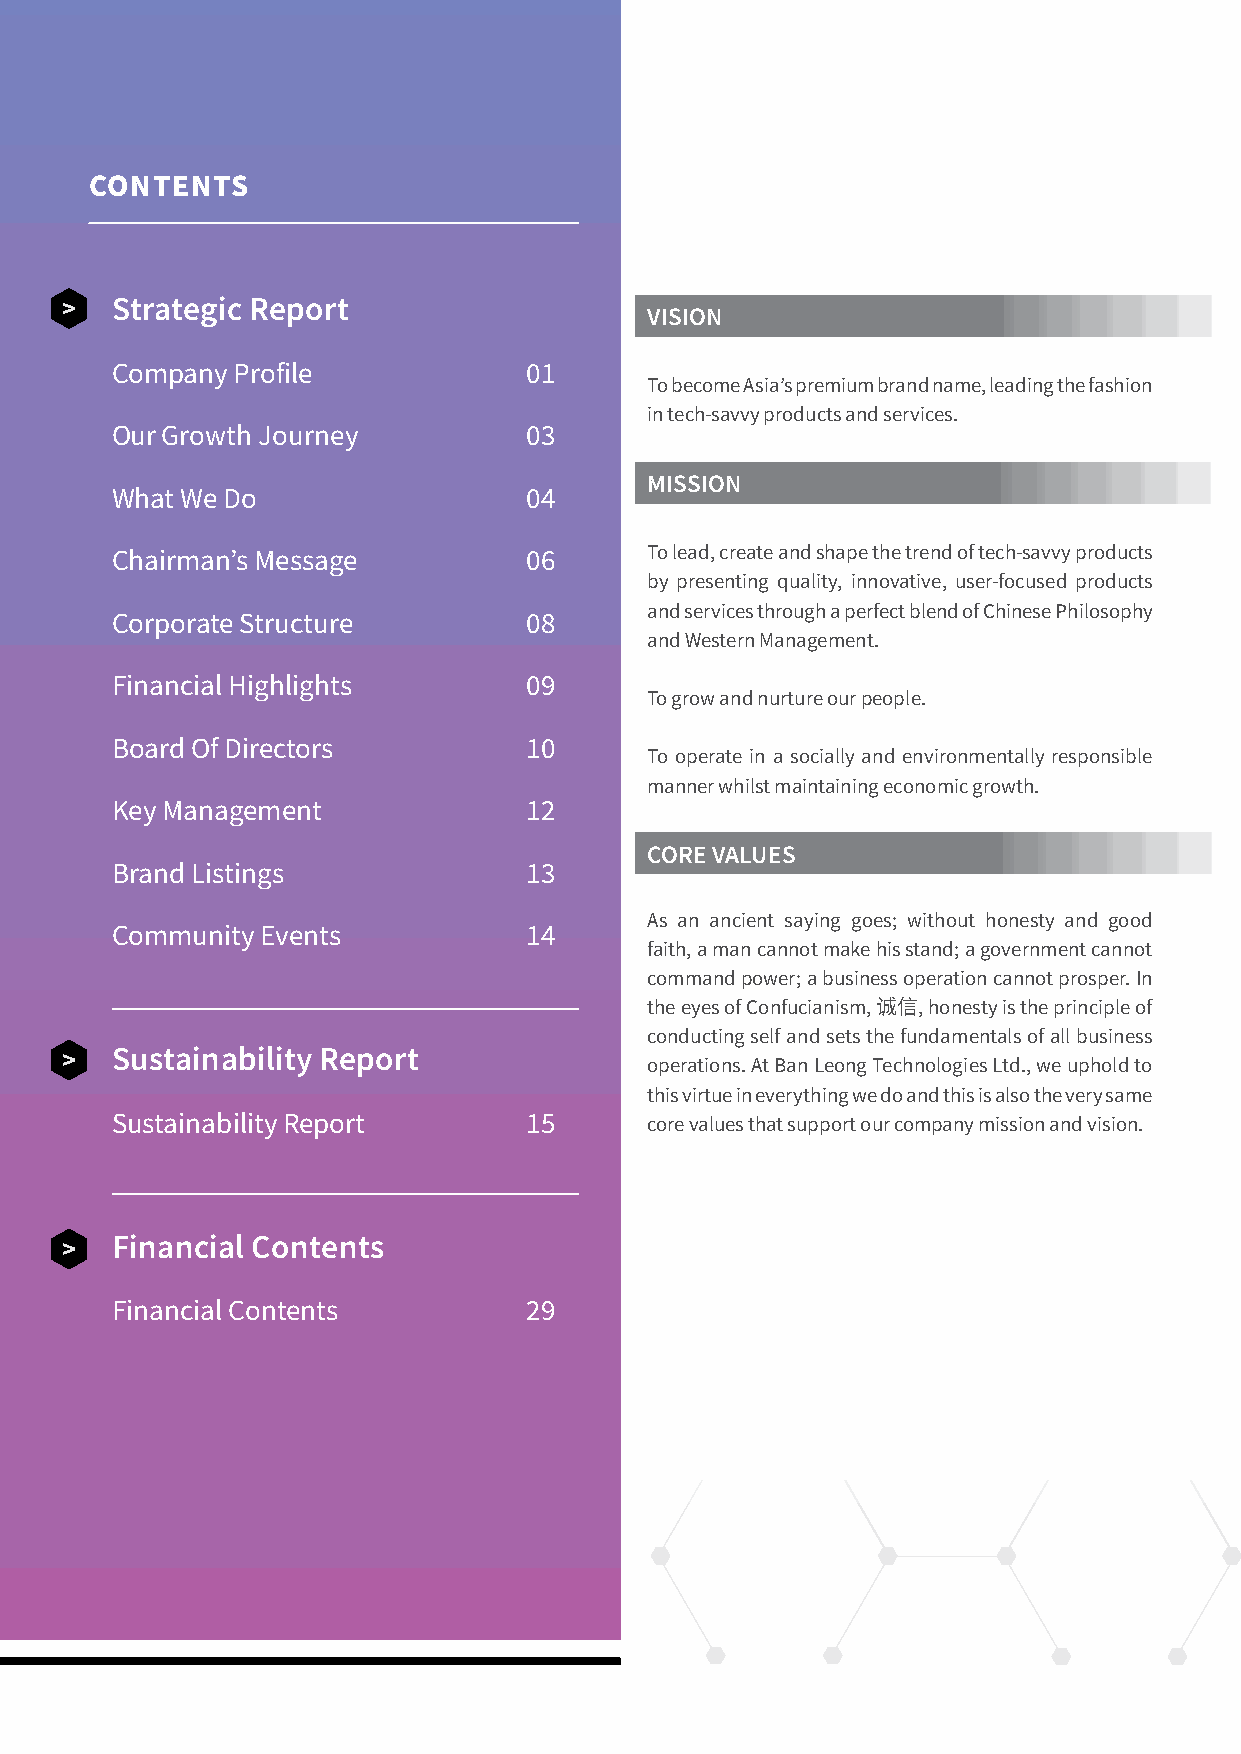
CONTENTS
 Strategic Report
 VISION
 Company Profile             01
 To become Asia’s premium brand name, leading the fashion
 in tech-savvy products and services.
 Our Growth Journey          03
 MISSION
 What We Do                  04
 Chairman’s Message          06      To lead, create and shape the trend of tech-savvy products
 by presenting quality, innovative, user-focused products
 and services through a perfect blend of Chinese Philosophy
 Corporate Structure         08
 and Western Management.
 Financial Highlights        09
 To grow and nurture our people.
 Board Of Directors          10
 To operate in a socially and environmentally responsible
 manner whilst maintaining economic growth.
 Key Management              12
 CORE VALUES
 Brand Listings              13
 As an ancient saying goes; without honesty and good
 Community Events            14
 faith, a man cannot make his stand; a government cannot
 command power; a business operation cannot prosper. In
 the eyes of Confucianism, , honesty is the principle of
 诚信
 conducting self and sets the fundamentals of all business
 Sustainability Report
 operations. At Ban Leong Technologies Ltd., we uphold to
 this virtue in everything we do and this is also the very same
 Sustainability Report       15      core values that support our company mission and vision.
 Financial Contents
 Financial Contents          29